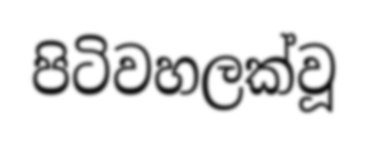
පිටිවහලක්වූ